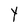
Character: Y